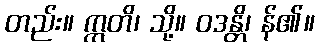
တည်း။ ဣတိ၊ သို့။ ဝဒန္တိ၊ န်၏။